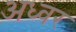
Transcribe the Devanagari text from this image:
अध्वर